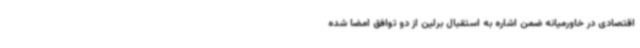
اقتصادی در خاورمیانه ضمن اشاره به استقبال برلین از دو توافق امضا شده